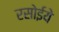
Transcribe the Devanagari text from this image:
रसोईये